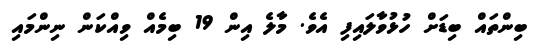
ބިންތައް ބިޑަށް ހުޅުވާލައިިފި އެވެ. މާލެ އިން 19 ބިމެއް ވިއްކަން ނިންމައި